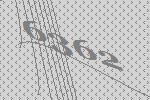
6362